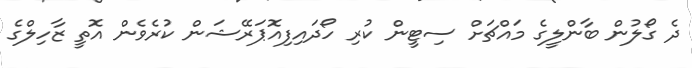
ދެ ގޯލުން ބާންލީގެ މައްޗަށް ސިޓީން ކުރި ހޯދައިފިއޮޕަރޭޝަން ކުރެވެން އޮތީ ޒާހިލްގެ